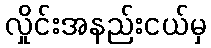
လှိုင်းအနည်းငယ်မှ